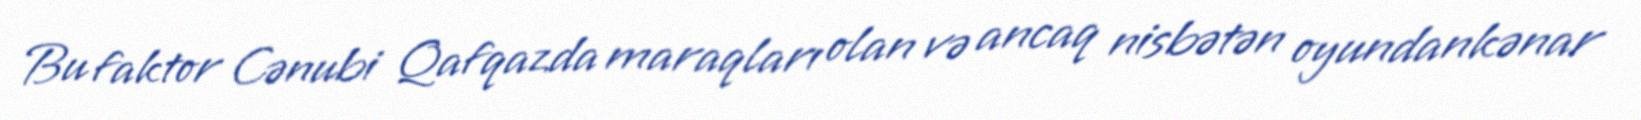
Bu faktor Cənubi Qafqazda maraqları olan və ancaq nisbətən oyundankənar